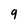
Character: 9